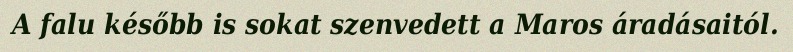
A falu később is sokat szenvedett a Maros áradásaitól.